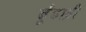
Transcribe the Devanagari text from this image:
ढूँढाड़ी